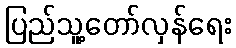
ပြည်သူ့တော်လှန်ရေး